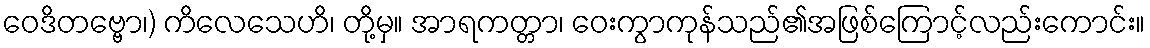
ဝေဒိတဗ္ဗော၊) ကိလေသေဟိ၊ တို့မှ။ အာရကတ္တာ၊ ဝေးကွာကုန်သည်၏အဖြစ်ကြောင့်လည်းကောင်း။